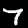
Label: 7